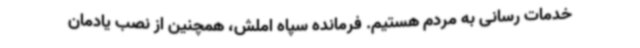
خدمات رسانی به مردم هستیم. فرمانده سپاه املش، همچنین از نصب یادمان